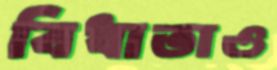
বিধাতাও